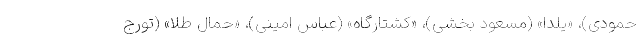
حمودی)، «یلدا» (مسعود بخشی)، «کشتارگاه» (عباس امینی)، «حمال طلا» (تورج